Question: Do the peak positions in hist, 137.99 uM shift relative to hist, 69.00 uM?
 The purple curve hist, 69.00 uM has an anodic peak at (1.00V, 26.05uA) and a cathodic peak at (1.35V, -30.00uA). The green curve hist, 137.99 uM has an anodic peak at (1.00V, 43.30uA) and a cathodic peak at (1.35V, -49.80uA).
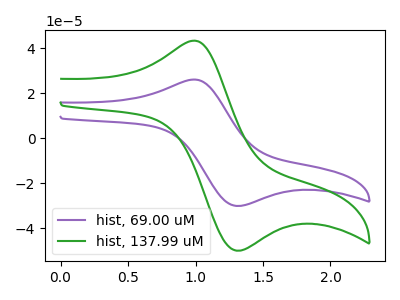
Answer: <think>All the peaks in "hist, 137.99 uM" have a peak in "hist, 69.00 uM" at the same potential. Every peak in "hist, 137.99 uM" is higher than every peak in "hist, 69.00 uM".
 </think>
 <answer>No, "hist, 137.99 uM" and "hist, 69.00 uM" don't appear to be significantly different in shape</answer>
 <eval>no_change</eval>